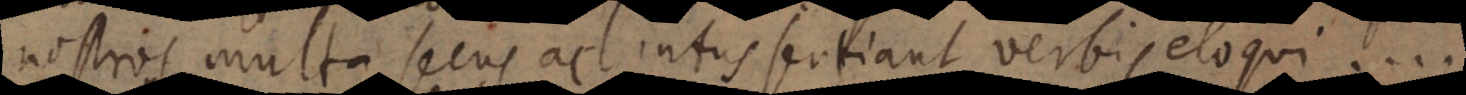
nostros multa secus ac intus sentiant verbis eloqui..